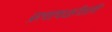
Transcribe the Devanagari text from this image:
प्रत्याचक्षीतापि